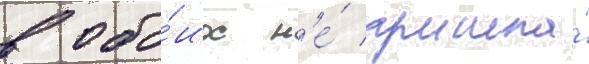
в обо́их н'е́ прошла́